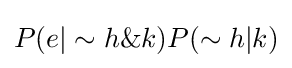
P(e|\sim h\&k)P(\sim h|k)